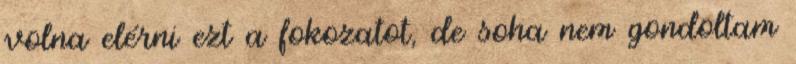
volna elérni ezt a fokozatot, de soha nem gondoltam